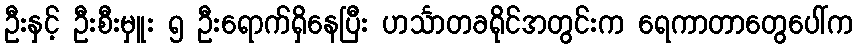
ဦးနှင့် ဦးစီးမှူး ၅ ဦးရောက်ရှိနေပြီး ဟင်္သာတခရိုင်အတွင်းက ရေကာတာတွေပေါ်က